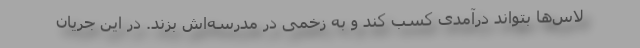
لاس‌ها بتواند درآمدی کسب کند و به زخمی در مدرسه‌اش بزند. در این جریان